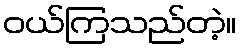
ဝယ်ကြသည်တဲ့။